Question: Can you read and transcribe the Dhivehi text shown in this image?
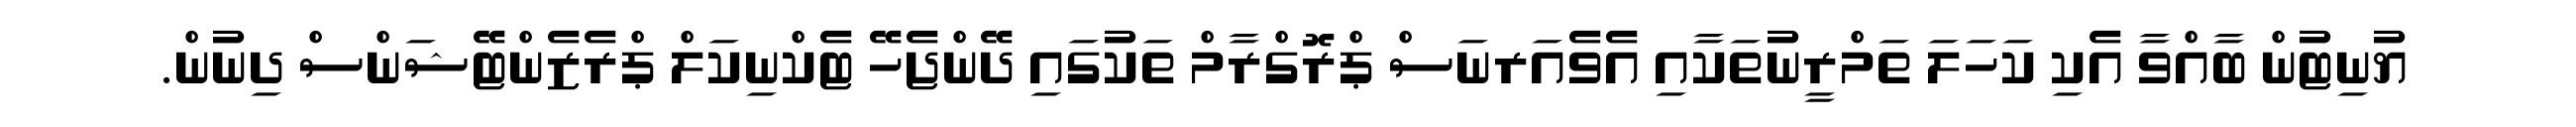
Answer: ޔުނިޓުން ބާއްވާ އެކި ކަހަލަ ތަމްރީނުތަކާއި އެވެއަރނަސް ޕްރޮގްރާމް ތަކުގައި ދޭންޖެހޭ ޓެކްނިކަލް ޕްރެޒެންޓޭޝަންސް ދިނުން.